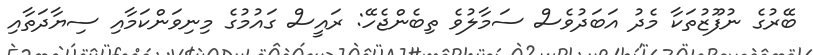
ބޭރުގެ ނުފޫޒުތަކާ މެދު އަބަދުވެސް ސަމާލުވެ ތިބެންޖެހޭ: ރައީސް ގައުމުގެ މިނިވަންކަމާއި ސިޔާދަތާއި